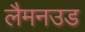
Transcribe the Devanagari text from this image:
लैमनउड